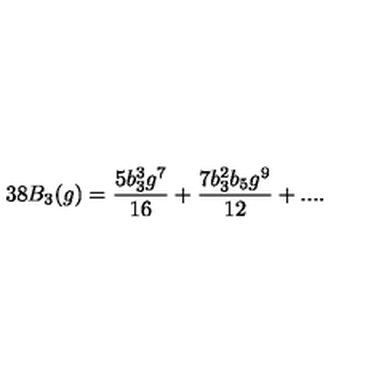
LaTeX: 3 8 B _ { 3 } ( g ) = \frac { 5 b _ { 3 } ^ { 3 } g ^ { 7 } } { 1 6 } + \frac { 7 b _ { 3 } ^ { 2 } b _ { 5 } g ^ { 9 } } { 1 2 } + . . . .